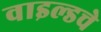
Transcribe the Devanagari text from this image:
वाइल्डचे